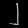
Digit: ၂